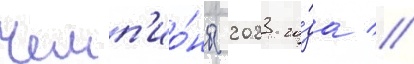
Чемп'ио́ны 2023 го́да //